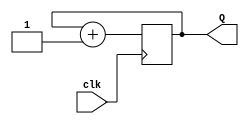
`timescale 1ns / 1ps
//////////////////////////////////////////////////////////////////////////////////
// Company: Macquarie University 
// Engineer: 
// 
// Design Name: Four Digit Counter for Basys 3
// Module Name: counter2
// Project Name: four_digit_counter 
// Target Devices: Artix-7
// Tool Versions: 
// Description: 
// 
// Dependencies: 
// 
// Revision:
// Revision 0.01 - File Created
// Additional Comments:
// 
//////////////////////////////////////////////////////////////////////////////////

module counter2(input clk, output [1:0] Q);
        
    // create a 2-bit counter with initial value of 0
    reg [1:0] count = 0;
    
    // increment on change of clk
    always @ (posedge clk)
        count <= count + 1;
    
    // provide 2-bit count as output
    assign Q = count; 
    
endmodule